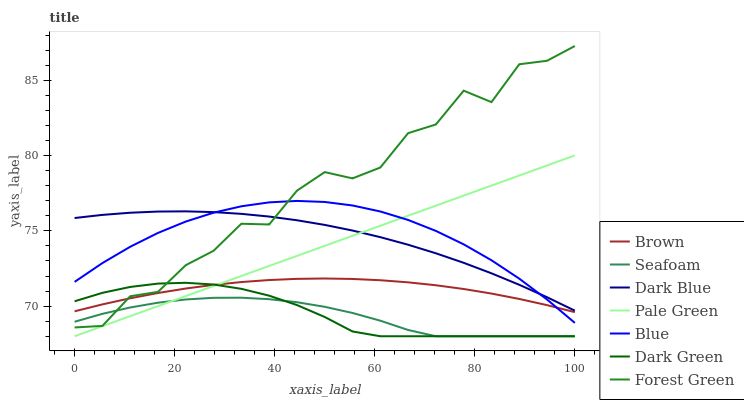
| xaxis_label | Brown | Seafoam | Dark Blue | Pale Green | Blue | Dark Green | Forest Green |
 | --- | --- | --- | --- | --- | --- | --- | --- |
 | 0 | 69.7 | 69 | 75.9 | 68 | 71.6 | 70.3 | 68.6 |
 | 5.56 | 70.1 | 69.5 | 76.1 | 68.7 | 72.9 | 70.9 | 68.7 |
 | 11.1 | 70.5 | 69.9 | 76.2 | 69.3 | 73.9 | 71.3 | 70.7 |
 | 16.7 | 70.9 | 70.2 | 76.3 | 70 | 74.9 | 71.5 | 70.9 |
 | 22.2 | 71.2 | 70.4 | 76.3 | 70.7 | 75.6 | 71.6 | 72.7 |
 | 27.8 | 71.4 | 70.6 | 76.2 | 71.3 | 76.2 | 71.4 | 73.7 |
 | 33.3 | 71.6 | 70.6 | 76.1 | 72 | 76.6 | 71.2 | 75.5 |
 | 38.9 | 71.7 | 70.5 | 76 | 72.7 | 76.9 | 70.7 | 75.4 |
 | 44.4 | 71.8 | 70.3 | 75.7 | 73.3 | 77 | 70.1 | 77.7 |
 | 50 | 71.8 | 70 | 75.4 | 74 | 76.9 | 69.3 | 78.9 |
 | 55.6 | 71.8 | 69.5 | 75 | 74.7 | 76.7 | 68.3 | 78.5 |
 | 61.1 | 71.7 | 69 | 74.6 | 75.3 | 76.3 | 68 | 79.2 |
 | 66.7 | 71.6 | 68.4 | 74.1 | 76 | 75.7 | 68 | 81.5 |
 | 72.2 | 71.4 | 68 | 73.5 | 76.7 | 75 | 68 | 82.1 |
 | 77.8 | 71.1 | 68 | 72.9 | 77.3 | 74.1 | 68 | 84.3 |
 | 83.3 | 70.8 | 68 | 72.2 | 78 | 73 | 68 | 83.6 |
 | 88.9 | 70.5 | 68 | 71.4 | 78.7 | 71.8 | 68 | 86.1 |
 | 94.4 | 70.1 | 68 | 70.6 | 79.3 | 70.4 | 68 | 86.3 |
 | 100 | 69.6 | 68 | 69.7 | 80 | 68.9 | 68 | 87.3 |